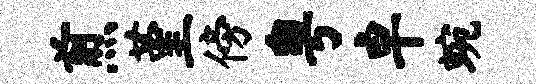
煎堇傍粤卓蜿